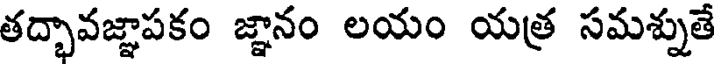
తద్భావజ్ఞాపకం జ్ఞానం లయం యత్ర సమశ్నుతే